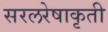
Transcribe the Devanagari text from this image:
सरलरेषाकृती